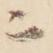
ニ